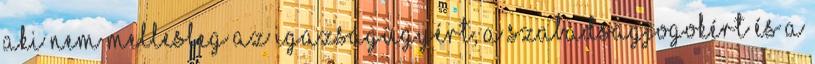
aki nem mellesleg az igazságügyért, a szabadságjogokért és a